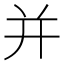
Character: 并